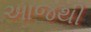
અાજથી